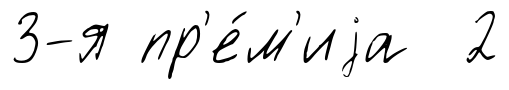
3-я пр'е́м'иjа 2